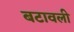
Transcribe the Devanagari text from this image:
बटावली